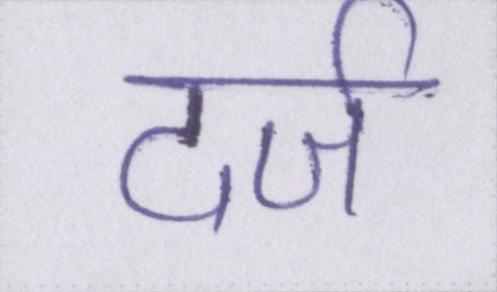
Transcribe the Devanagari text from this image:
दर्ज